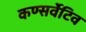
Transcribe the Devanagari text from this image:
कण्सर्वेटिव